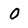
Character: 0